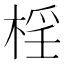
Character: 𣓆